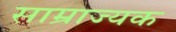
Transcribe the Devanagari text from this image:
साम्राज्यक